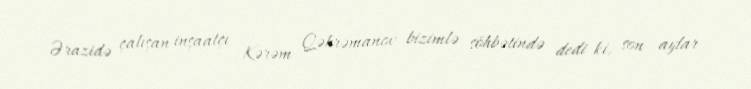
Ərazidə çalışan inşaatçı Kərəm Qəhrəmanov bizimlə söhbətində dedi ki, son aylar